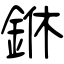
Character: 銝